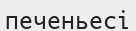
печеньесі